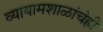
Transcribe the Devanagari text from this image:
व्यायामशाळांचेही